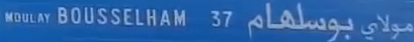
MOULAY BOUSSELHAM